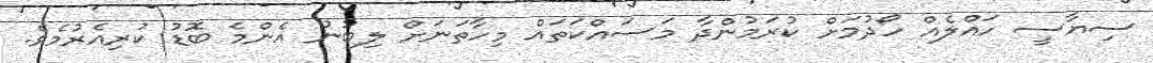
ސިޔާސީ ހައްލެއް ހޯދުމަށް ކުރަމުންދާ މަސައްކަތައް މިހާތަނަށް ލިބުނު އެންމެ ބޮޑު ކުރިއެރުމެވެ.